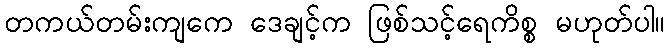
တကယ်တမ်းကျကေ ဒေချင့်က ဖြစ်သင့်ရေကိစ္စ မဟုတ်ပါ။